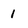
Character: 1